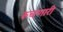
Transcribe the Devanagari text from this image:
रुचणारी